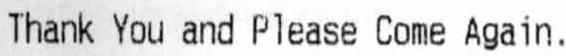
THANK YOU AND PLEASE COME AGAIN.